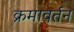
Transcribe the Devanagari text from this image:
क्रमावर्तन